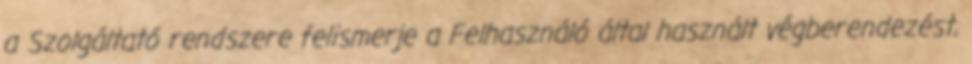
a Szolgáltató rendszere felismerje a Felhasználó által használt végberendezést,